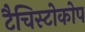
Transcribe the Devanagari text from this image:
टैचिस्टोकोप